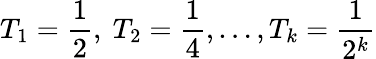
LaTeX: T_{1}={\frac{1}{2}},\ T_{2}={\frac{1}{4}},\dots,T_{k}={\frac{1}{2^{k}}}